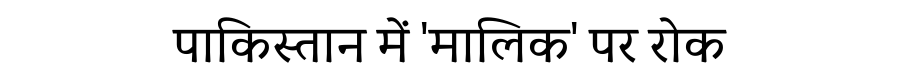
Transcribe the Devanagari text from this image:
पाकिस्तान में 'मालिक' पर रोक